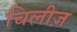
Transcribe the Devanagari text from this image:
चिलीज़